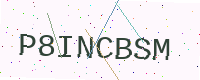
Text: P8INCBSM